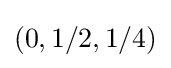
(0,1/2,1/4)